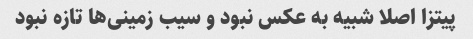
پیتزا اصلا شبیه به عکس نبود و سیب زمینی‌ها تازه نبود